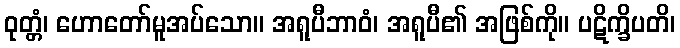
ဝုတ္တံ၊ ဟောတော်မူအပ်သော။ အရူပီဘာဝံ၊ အရူပီ၏ အဖြစ်ကို။ ပဋိက္ခိပတိ၊